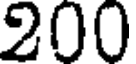
200